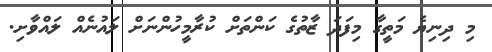
މި ދިނިޔެ މަތީގާ މިފަދަ ޒާތުގެ ކަންތަށް ކުރާމީހުންނަށް ލައުނެއް ލައްވާށި.